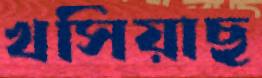
খসিয়াছ